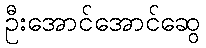
ဦးအောင်အောင်ဆွေ